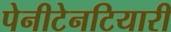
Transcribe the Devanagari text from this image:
पेनीटेनटियारी